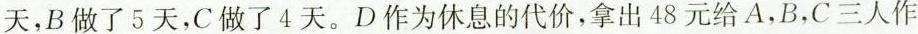
天，B做了5天，C做了4天。D作为休息的代价，拿出48元给A，B，C三人作